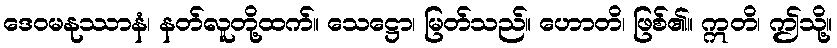
ဒေဝမနုဿာနံ၊ နတ်လူတို့ထက်။ သေဋ္ဌော၊ မြတ်သည်။ ဟောတိ၊ ဖြစ်၏။ ဣတိ၊ ဤသို့။